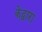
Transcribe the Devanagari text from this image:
केद्वारा